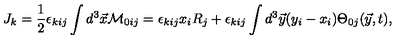
J _ { k } = { \frac { 1 } { 2 } } \epsilon _ { k i j } \int d ^ { 3 } \vec { x } { \cal M } _ { 0 i j } = \epsilon _ { k i j } x _ { i } R _ { j } + \epsilon _ { k i j } \int d ^ { 3 } \vec { y } ( y _ { i } - x _ { i } ) \Theta _ { 0 j } ( \vec { y } , t ) ,